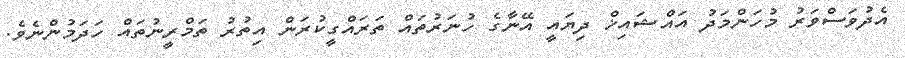
އެދުވަސްވަރު މުހަންމަދު އައްޝައިޚް ދިޔައީ އޭނާގެ ހުނަރުތައް ތަރައްގީކުރަން އިތުރު ތަމްރީނުތައް ހަދަމުންނެވެ.